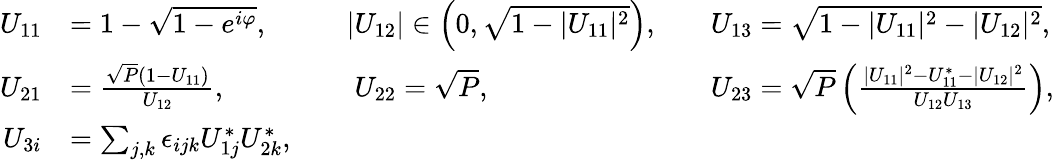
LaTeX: \begin{array}{rlrlrl}{U_{11}}&{=1-\sqrt{1-e^{i\varphi}},}&&{|U_{12}|\in\left(0,\sqrt{1-|U_{11}|^{2}}\right),}&&{U_{13}=\sqrt{1-|U_{11}|^{2}-|U_{12}|^{2}},}\\ {U_{21}}&{=\frac{\sqrt{P}(1-U_{11})}{U_{12}},}&&{\phantom{|}U_{22}=\sqrt{P},}&&{U_{23}=\sqrt{P}\left(\frac{|U_{11}|^{2}-U_{11}^{*}-|U_{12}|^{2}}{U_{12}U_{13}}\right),}\\ {U_{3i}}&{=\sum_{j,k}\epsilon_{ijk}U_{1j}^{*}U_{2k}^{*},}\end{array}